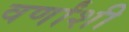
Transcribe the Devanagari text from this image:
वर्णांशी